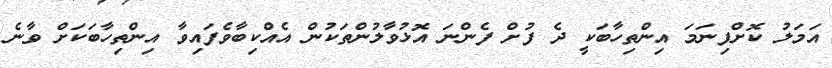
އަމަލު ކޮށްފިނަމަ އިންތިހާބަކީ ދެ ފުށް ފެންނަ އޮޅުވާލުންތަކުން އެއްކިބާވެފައިވާ އިންތިހާބަކަށް ވާނެ